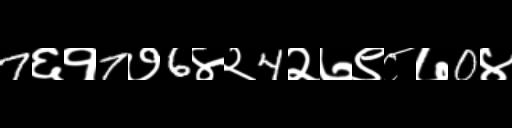
Text: 7६१7७6४२4२७९८७0४